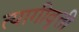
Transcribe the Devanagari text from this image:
त्यागीवृत्ती